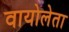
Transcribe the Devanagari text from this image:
वायोलेता